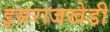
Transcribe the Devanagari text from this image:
इसराजखेडी